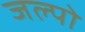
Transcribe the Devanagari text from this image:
जल्पो